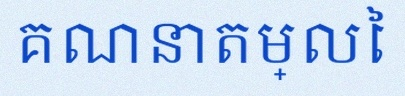
គណនាតម្លៃ